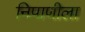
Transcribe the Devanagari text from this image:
निपाणीला